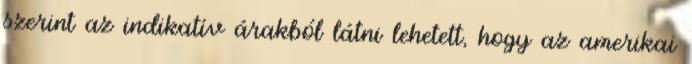
szerint az indikatív árakból látni lehetett, hogy az amerikai